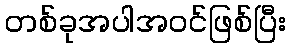
တစ်ခုအပါအဝင်ဖြစ်ပြီး